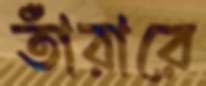
তাঁরারে